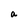
Character: a